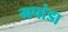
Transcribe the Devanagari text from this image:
मपांडा